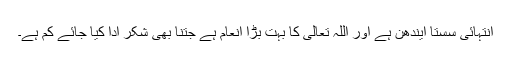
انتہائی سستا ایندھن ہے اور اللہ تعالیٰ کا بہت بڑا انعام ہے جتنا بھی شکر ادا کیا جائے کم ہے۔